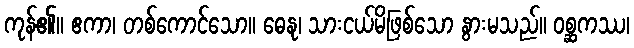
ကုန်၏။ ဧကာ၊ တစ်ကောင်သော။ ဓေနု၊ သားငယ်မိဖြစ်သော နွားမသည်။ ဝစ္ဆကဿ၊